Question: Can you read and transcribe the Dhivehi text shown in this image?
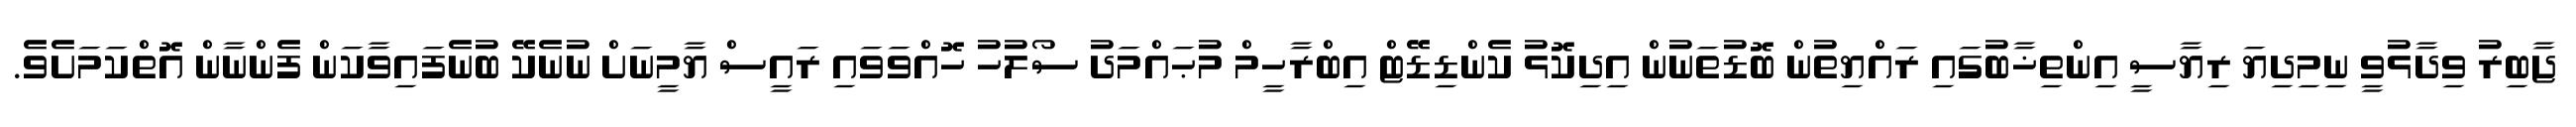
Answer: ޖާބިރު ވިދާޅުވީ ނިމިދިޔަ ރިޔާސީ އިންތިޚާބުގައި ރައްޔިތުން ބޮޑުތަނުން އިދިކޮޅު ކެންޑިޑޭޓް އިބްރާހީމް މުޙައްމަދު ސޯލުހު ހޮއްވަވައި ރައީސް ޔާމީނަށް ނުނެކޭ ބުނެފައިވާކަން ފެންނާން އޮތްކަމަށެވެ.